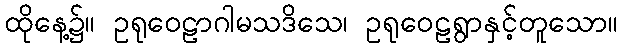
ထိုနေ့၌။ ဥရုဝေဠာဂါမသဒိသေ၊ ဥရုဝေဠရွာနှင့်တူသော။